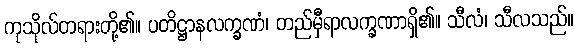
ကုသိုလ်တရားတို့၏။ ပတိဋ္ဌာနလက္ခဏံ၊ တည်မှီရာလက္ခဏာရှိ၏။ သီလံ၊ သီလသည်။